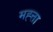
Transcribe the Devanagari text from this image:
मह्त्ता